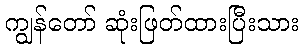
ကျွန်တော် ဆုံးဖြတ်ထားပြီးသား